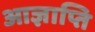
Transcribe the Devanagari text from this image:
आज्ञाप्ति